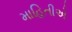
માહિતીએ